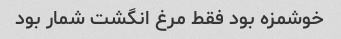
خوشمزه بود فقط مرغ انگشت شمار بود